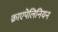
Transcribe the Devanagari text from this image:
क्राएपेलिनियन